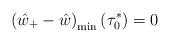
LaTeX: \begin{align*}\left(\hat{w}_{+}-\hat{w}\right)_{\min}\left(\tau_{0}^{*}\right)=0\end{align*}